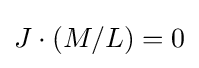
J\cdot (M/L)=0